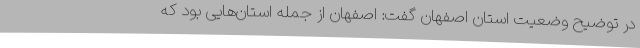
در توضیح وضعیت استان اصفهان گفت: اصفهان از جمله استان‌هایی بود که